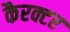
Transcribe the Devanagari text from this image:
कैरक्टर